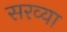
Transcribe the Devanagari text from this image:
सरव्या